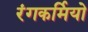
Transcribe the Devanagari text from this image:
रंगकर्मियो